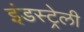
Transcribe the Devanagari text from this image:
इंडस्ट्रेली